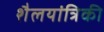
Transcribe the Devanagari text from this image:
शैलयांत्रिकी